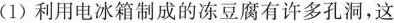
(1)利用电冰箱制成的冻豆腐有许多孔洞，这